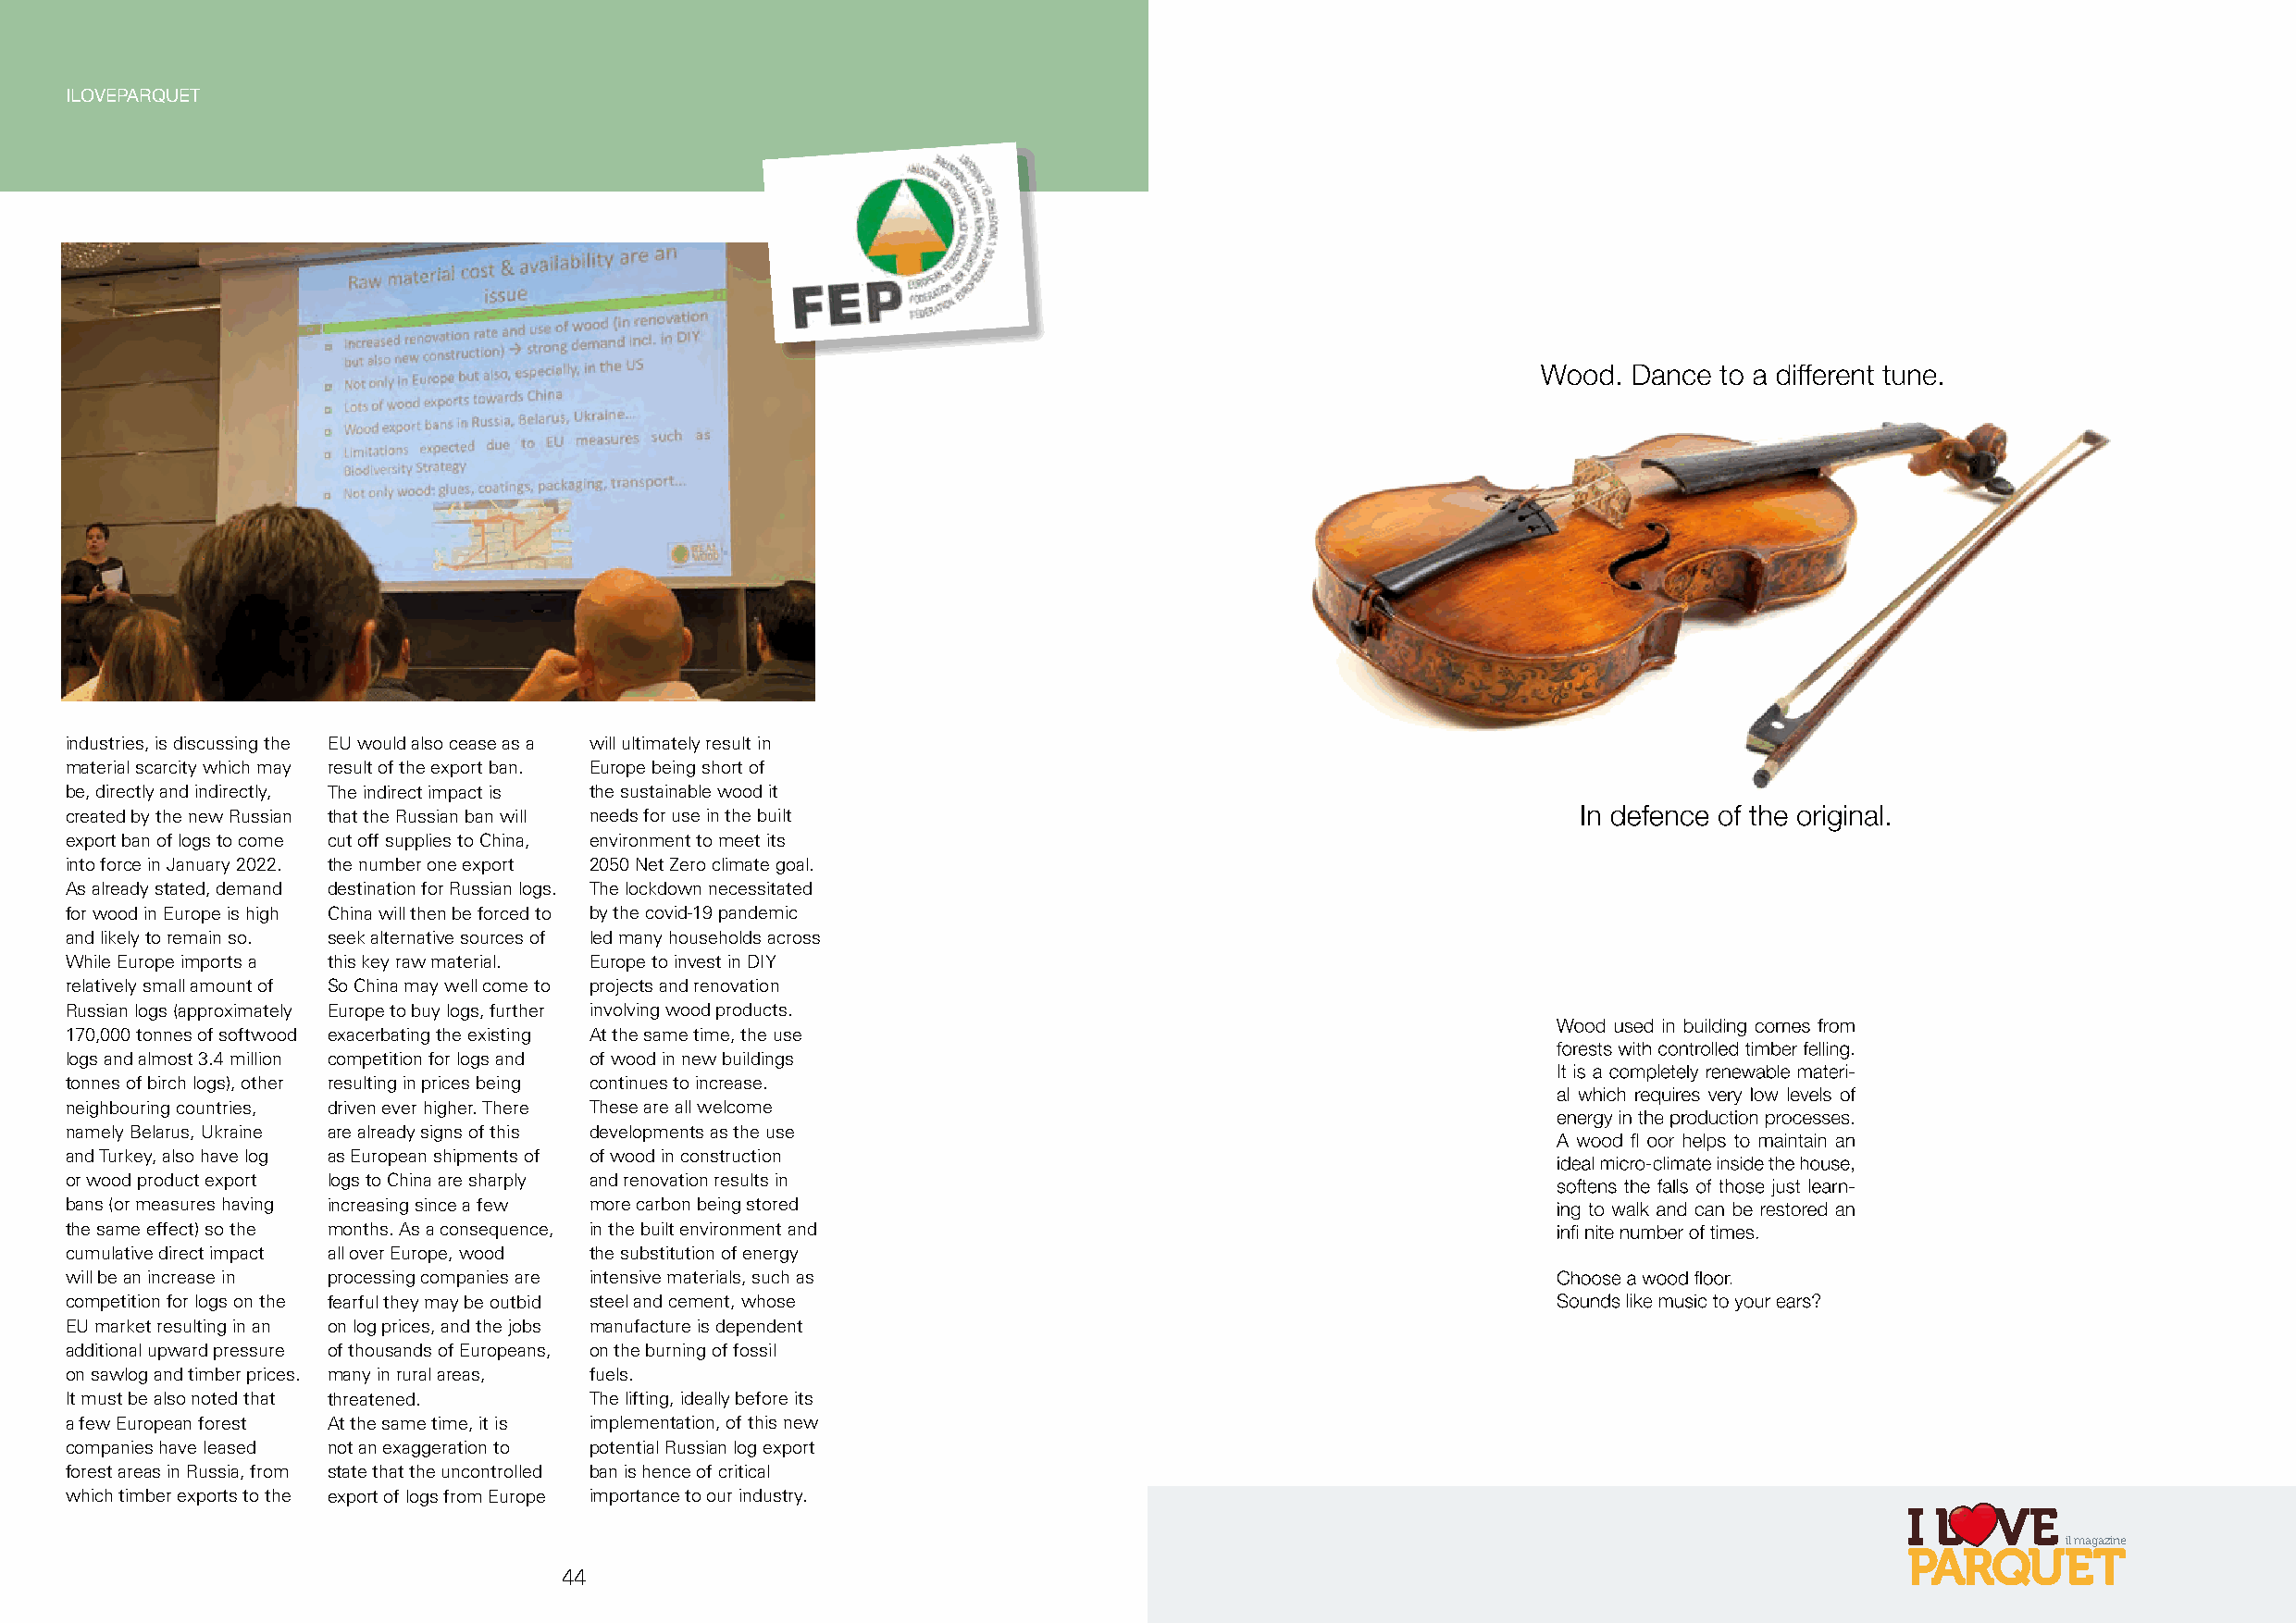
ILOVEPARQUET
 industries, is discussing the EU would also cease as a will ultimately result in
 material scarcity which may result of the export ban. Europe being short of
 be, directly and indirectly, The indirect impact is the sustainable wood it
 created by the new Russian that the Russian ban will needs for use in the built
 export ban of logs to come cut off supplies to China, environment to meet its
 into force in January 2022. the number one export 2050 Net Zero climate goal.
 As already stated, demand destination for Russian logs. The lockdown necessitated
 for wood in Europe is high China will then be forced to by the covid-19 pandemic
 and likely to remain so. seek alternative sources of led many households across
 While Europe imports a this key raw material. Europe to invest in DIY
 relatively small amount of So China may well come to projects and renovation
 Russian logs (approximately Europe to buy logs, further involving wood products.
 170,000 tonnes of softwood exacerbating the existing At the same time, the use
 logs and almost 3.4 million competition for logs and of wood in new buildings
 tonnes of birch logs), other resulting in prices being continues to increase.
 neighbouring countries, driven ever higher. There These are all welcome
 namely Belarus, Ukraine are already signs of this developments as the use
 and Turkey, also have log as European shipments of of wood in construction
 or wood product export logs to China are sharply and renovation results in
 bans (or measures having increasing since a few more carbon being stored
 the same effect) so the months. As a consequence, in the built environment and
 cumulative direct impact all over Europe, wood the substitution of energy
 will be an increase in processing companies are intensive materials, such as
 competition for logs on the fearful they may be outbid steel and cement, whose
 EU market resulting in an on log prices, and the jobs manufacture is dependent
 additional upward pressure of thousands of Europeans, on the burning of fossil
 on sawlog and timber prices. many in rural areas, fuels.
 It must be also noted that threatened. The lifting, ideally before its
 a few European forest At the same time, it is implementation, of this new
 companies have leased not an exaggeration to potential Russian log export
 forest areas in Russia, from state that the uncontrolled ban is hence of critical
 which timber exports to the export of logs from Europe importance to our industry.
 il magazine
 44                                                                                45